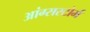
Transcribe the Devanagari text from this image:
आंग्सस्टोर्म